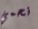
نحمي